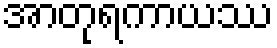
အာတုရကာယဿ